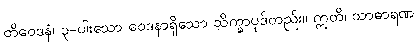
တိဝေဒနံ၊ ၃-ပါးသော ဝေဒနာရှိသော သိက္ခာပုဒ်တည်း။ ဣတိ၊ သာဓာရဏ